Report of the Indian Hemp Drugs Commission, 1894-1895 - Volume III
Year: 1894
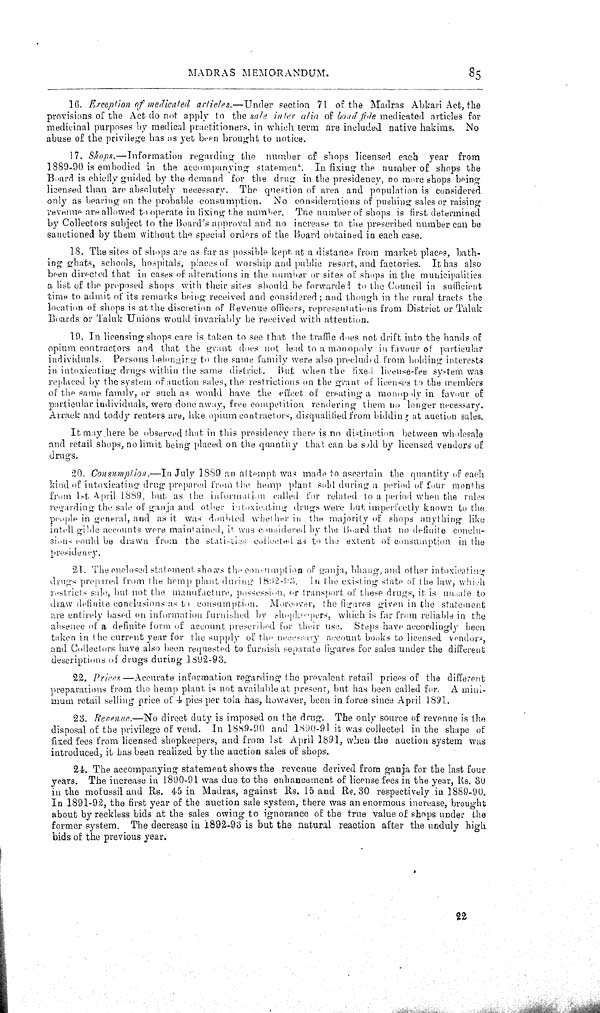
MADRAS MEMORANDUM.
85
16. Exception of medicated articles.—Under
section 71 of the Madras Abkari Act, the
provisions of the Act do not apply to the sale inter alia of bond fide medicated articles for
medicinal purposes by medical practitioners, in which term are included, native hakims. No
abuse of the privilege has us yet been brought to notice.
17. Shops.—Information
regarding the number of shops licensed each year from
1889-90 is embodied in the accompanying statement. In fixing the number of shops the
Board is chiefly guided by the demand for the drug in the presidency, do more shops being
licensed than are absolutely necessary. The question of area and population is considered
only as bearing on the probable consumption. No considerations of pushing sales or raising
revenue are allowed to operate in fixing the number. The number of shops is first determined
by Collectors subject to the Board's approval and no increase to the prescribed number can be
sanctioned by them without the special orders of the Board obtained in each case.
18. The sites of shops are as far as possible kept at a distance from market places, bath-
ing ghats, schools, hospitals, places of worship and public resort, and factories. It has also
been directed that in cases of alterations in the nuinbar or sites of shops in the municipalities
a list of the proposed shops with their sites should be forwarded to the Council in sufficient
time to admit of its remarks being received and considered; and though in the rural tracts the
location of shops is at the discretion of Revenue officers, representations from District or Taluk
Boards or Taluk Unions would invariably be received with attention.
19. In licensing shops care is taken to see that the traffic does not drift into the hands of
opium contractors and that the grant does not lead to a monopoly in favour of particular
individuals. Persons belonging to the same family were also precluded from holding interests
in intoxicating drugs within the same district.
But when the fixed license-fee system was
replaced by the system of auction sales, the restrictions on the grant of licenses to the members
of the same family, or such as would have the effect of creating a monopoly in favour of
particular individuals, were done away, free competition rendering them no longer necessary.
Arrack and toddy renters are, like opium contractors, disqualified from bidding at auction sales.
It may here be observed that in this presidency there is no distinction between wholesale
and retail shops, no limit being placed on the quantity that can be sold by licensed vendors of
drugs.
20. Consumption.—In
July 1889 an attempt was made to ascertain the quantity of each
kind of intoxicating drug prepared from the hump plant sold during a period of four months
from 1st April 1889, but as the information called for related to a period when the rules
regarding the sale of ganja and other intoxicating drugs were but imperfectly known to the
people in general, and as it was doubted whether in the majority of shops anything like
intell gihle accounts were maintained, it was considered by the Board that no definite conclu-
sions could be drawn from the statistics collected as to the extent of consumption in the
presidency.
21. The enclosed statement shows the consumption of ganja, bhang, and other intoxicating
drugs prepared from the hemp plant during 1892-93. In the existing state of the law, which
restricts sale, but not the manufacture, possession, or transport of these drugs, it is unsafe to
draw definite conclusions as to consumption. Moreover, the figures given in the statement
are entirely based on information furnished by shopkerpers, which is far from reliable in the
absence of a definite form of account, prescribed for their use. Steps have accordingly been
taken in the current year for the supply of the necessary account books to licensed vendors,
and Collectors have also been requested to furnish separate figures for sales under the different
descriptions of drugs during 1892-93.
22. Prices—Accurate
information regarding the prevalent retail prices of the different
preparations from the hemp plant is not available at present, but has been called for. A mini-
mum retail selling price of 4 pics per tola has, however, been in force since April 1891.
23. Revenue.—No direct duty is imposed on the drug. The only source of revenue is the
disposal of the privilege of vend. In 1889-90 and 1890-91 it was collected in the shape of
fixed fees from licensed shopkeepers, and from 1st April 1891, when the auction system was
introduced, it has been realized by the auction sales of shops.
24. The accompanying statement shows the revenue derived from ganja for the last four
years. The increase in 1890-91 was due to the enhancement of license fees in the year, lis. 30
in the mofussil and Rs. 45 in Madras, against Rs. 15 and Rs. 30 respectively in 1889-90.
In 1891-92, the first year of the auction sale system, there was an enormous increase, brought
about by reckless bids at the sales owing to ignorance of the true value of shops under the
former system. The decrease in 1892-93 is but the natural reaction after the unduly high
bids of the previous year.
92